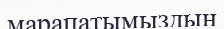
марапатымыздың